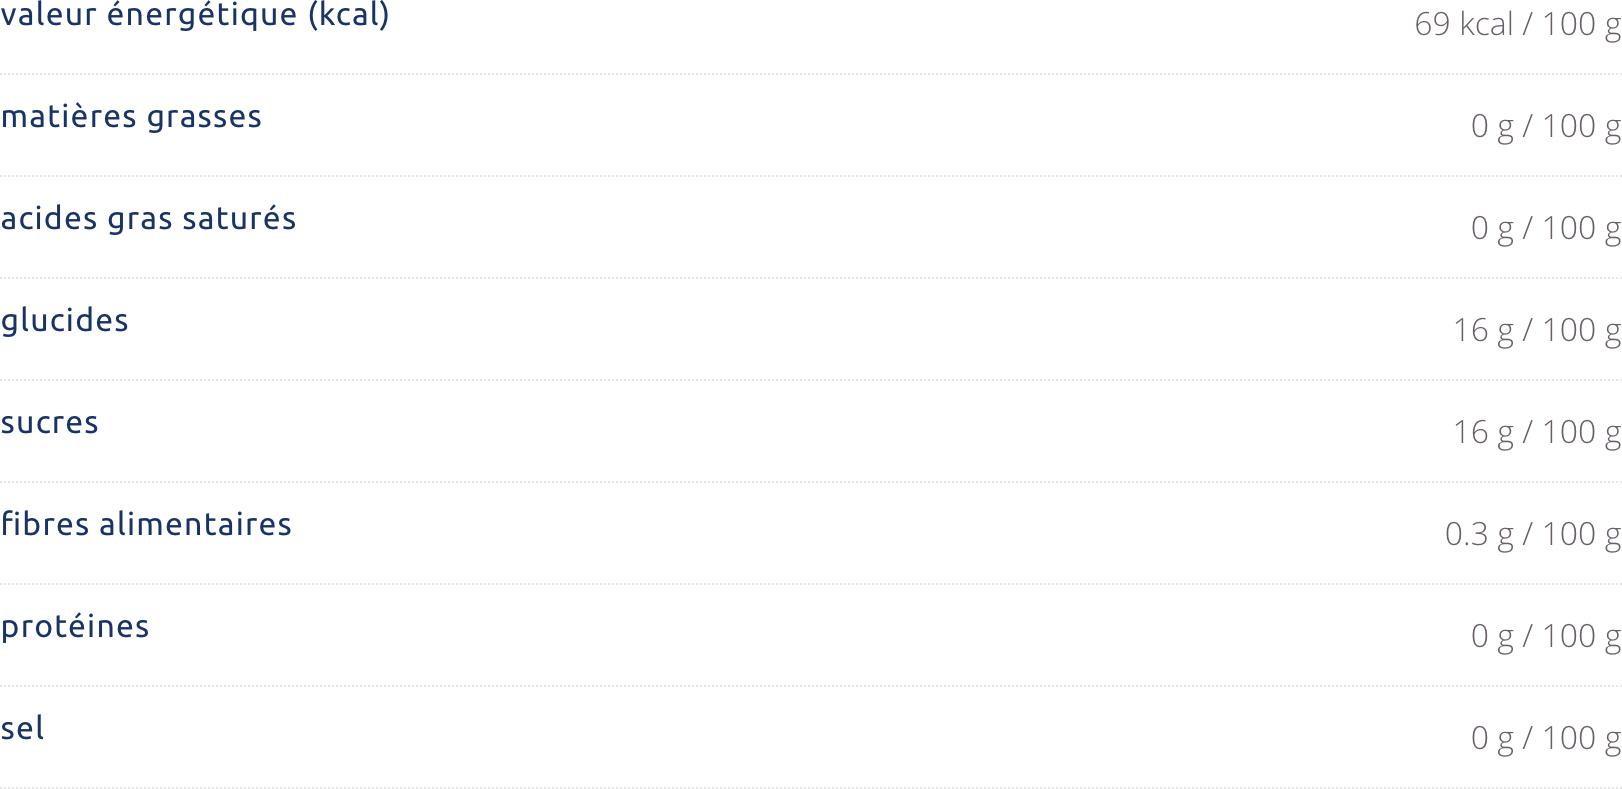
valeur énergétique (kcal)
69 kcal / 100 g
matières grasses
0g/100 g
acides gras saturés
Og/100 g
glucides
16 g/ 100 g
sucres
16 g / 100 g
fibres alimentaires
0.3 g / 100 g
protéines
0 g/ 100 g
sel
0g/ 100 g